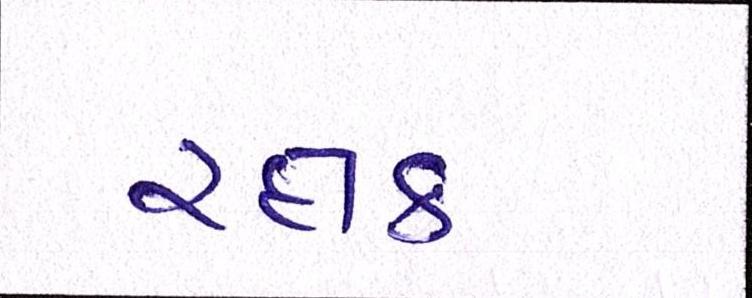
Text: રક્ષક